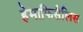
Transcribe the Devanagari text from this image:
हेमाफिसैलिस